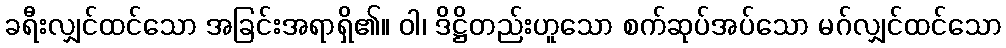
ခရီးလျှင်ထင်သော အခြင်းအရာရှိ၏။ ဝါ၊ ဒိဋ္ဌိတည်းဟူသော စက်ဆုပ်အပ်သော မဂ်လျှင်ထင်သော